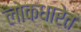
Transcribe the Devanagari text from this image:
लोकधारेत